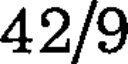
42/9